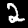
Digit: 2